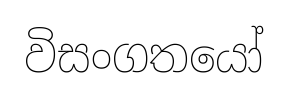
විසංගතයෝ